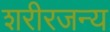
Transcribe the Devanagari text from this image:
शरीरजन्य